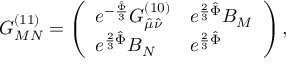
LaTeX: G _ { M N } ^ { ( 1 1 ) } = \left( \begin{array} { l l } { { e ^ { - { \frac { \hat { \Phi } } { 3 } } } G _ { \hat { \mu } \hat { \nu } } ^ { ( 1 0 ) } } } & { { e ^ { { \frac { 2 } { 3 } } \hat { \Phi } } B _ { M } } } \\ { { e ^ { { \frac { 2 } { 3 } } \hat { \Phi } } B _ { N } } } & { { e ^ { { \frac { 2 } { 3 } } \hat { \Phi } } } } \end{array} \right) ,